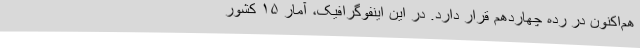
هم‌اکنون در رده چهاردهم قرار دارد. در این اینفوگرافیک، آمار ۱۵ کشور